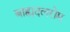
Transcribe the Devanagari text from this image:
बाह्यदलरोम